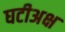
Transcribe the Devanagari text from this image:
घटीअक्ष